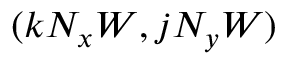
( k { { N } _ { x } } W , j { { N } _ { y } } W )